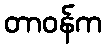
တာဝန်က